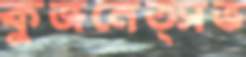
কুজনেত্সভ